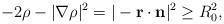
LaTeX: \begin{align*}-2\rho-|\nabla \rho|^2=|-{\bf r\cdot n}|^2\ge R^2_0,\end{align*}